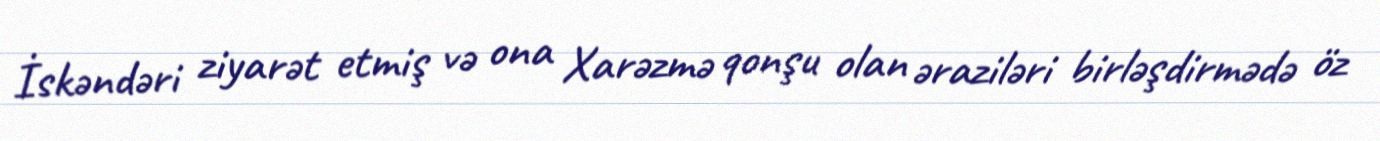
İskəndəri ziyarət etmiş və ona Xarəzmə qonşu olan əraziləri birləşdirmədə öz